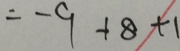
= - 9 + 8 + 1